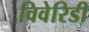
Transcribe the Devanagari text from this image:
विवेरिडी